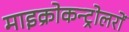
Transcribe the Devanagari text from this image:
माइक्रोकन्ट्रोलरों